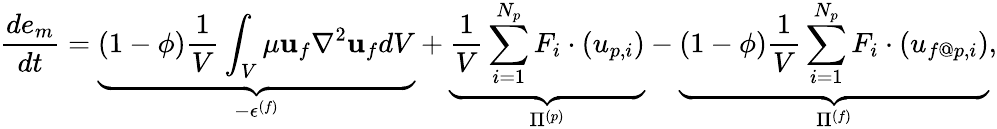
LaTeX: \frac{de_{m}}{dt}=\underbrace{(1-\phi)\frac{1}{V}\int_{V}\mu{\mathbf u}_{f}\nabla^{2}{\mathbf u}_{f}dV}_{-\epsilon^{(f)}}+\underbrace{\frac{1}{V}\sum_{i=1}^{N_{p}}F_{i}\cdot(u_{p,i})}_{\Pi^{(p)}}-\underbrace{(1-\phi)\frac{1}{V}\sum_{i=1}^{N_{p}}F_{i}\cdot(u_{f@p,i})}_{\Pi^{(f)}},